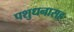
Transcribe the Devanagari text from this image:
पशुधनासह